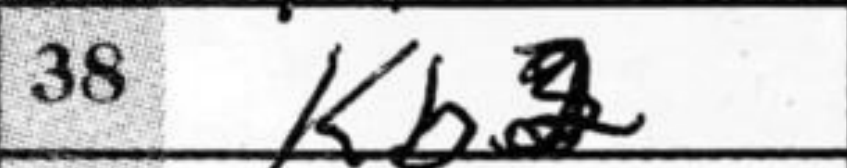
Transcription: Kb2